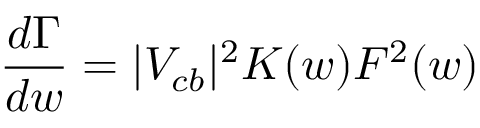
\frac { d \Gamma } { d w } = | V _ { c b } | ^ { 2 } K ( w ) { \cal F } ^ { 2 } ( w )